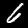
Digit: 6